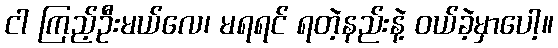
ငါ ကြည့်ဦးမယ်လေ၊ မရရင် ရတဲ့နည်းနဲ့ ဝယ်ခဲ့မှာပေါ့။